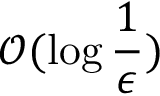
\mathcal { O } ( \log \frac { 1 } { \epsilon } )